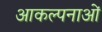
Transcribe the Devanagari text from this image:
आकल्पनाओं